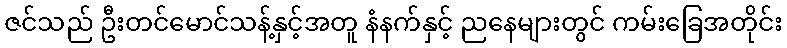
ဇင်သည် ဦးတင်မောင်သန့်နှင့်အတူ နံနက်နှင့် ညနေများတွင် ကမ်းခြေအတိုင်း